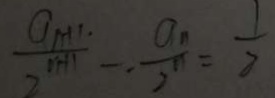
\frac { a _ { n + 1 } } { 2 ^ { n + 1 } } - \frac { a _ { n } } { 2 ^ { n } } = \frac { 1 } { 2 }